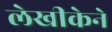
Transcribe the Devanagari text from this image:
लेखीकेने